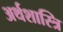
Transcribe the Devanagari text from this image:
अर्थशास्त्रि